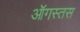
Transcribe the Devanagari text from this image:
ऑगस्तस